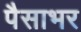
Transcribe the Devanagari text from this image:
पैसाभर